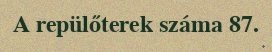
A repülőterek száma 87.